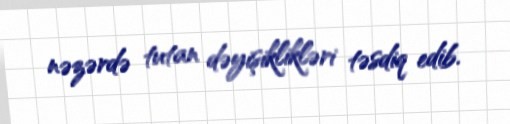
nəzərdə tutan dəyişiklikləri təsdiq edib.